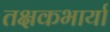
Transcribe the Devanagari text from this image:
तक्षकभार्या